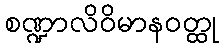
စဏ္ဍာလိဝိမာနဝတ္ထု